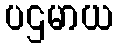
ပဌမာယ